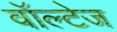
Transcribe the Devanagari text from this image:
वॉल्टेज